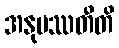
အနုပဿတီတိ